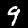
Digit: 9